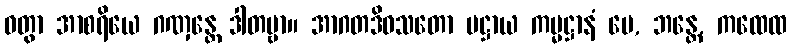
ဝတွာ အာစရိယေ ဂဏှန္တေ ဒါတဗ္ဗာ။ အာဂတဒိဝသတော ပဋ္ဌာယ ကမ္မဋ္ဌာနံ မေ, ဘန္တေ, ကထေထ